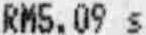
RM5.09 S